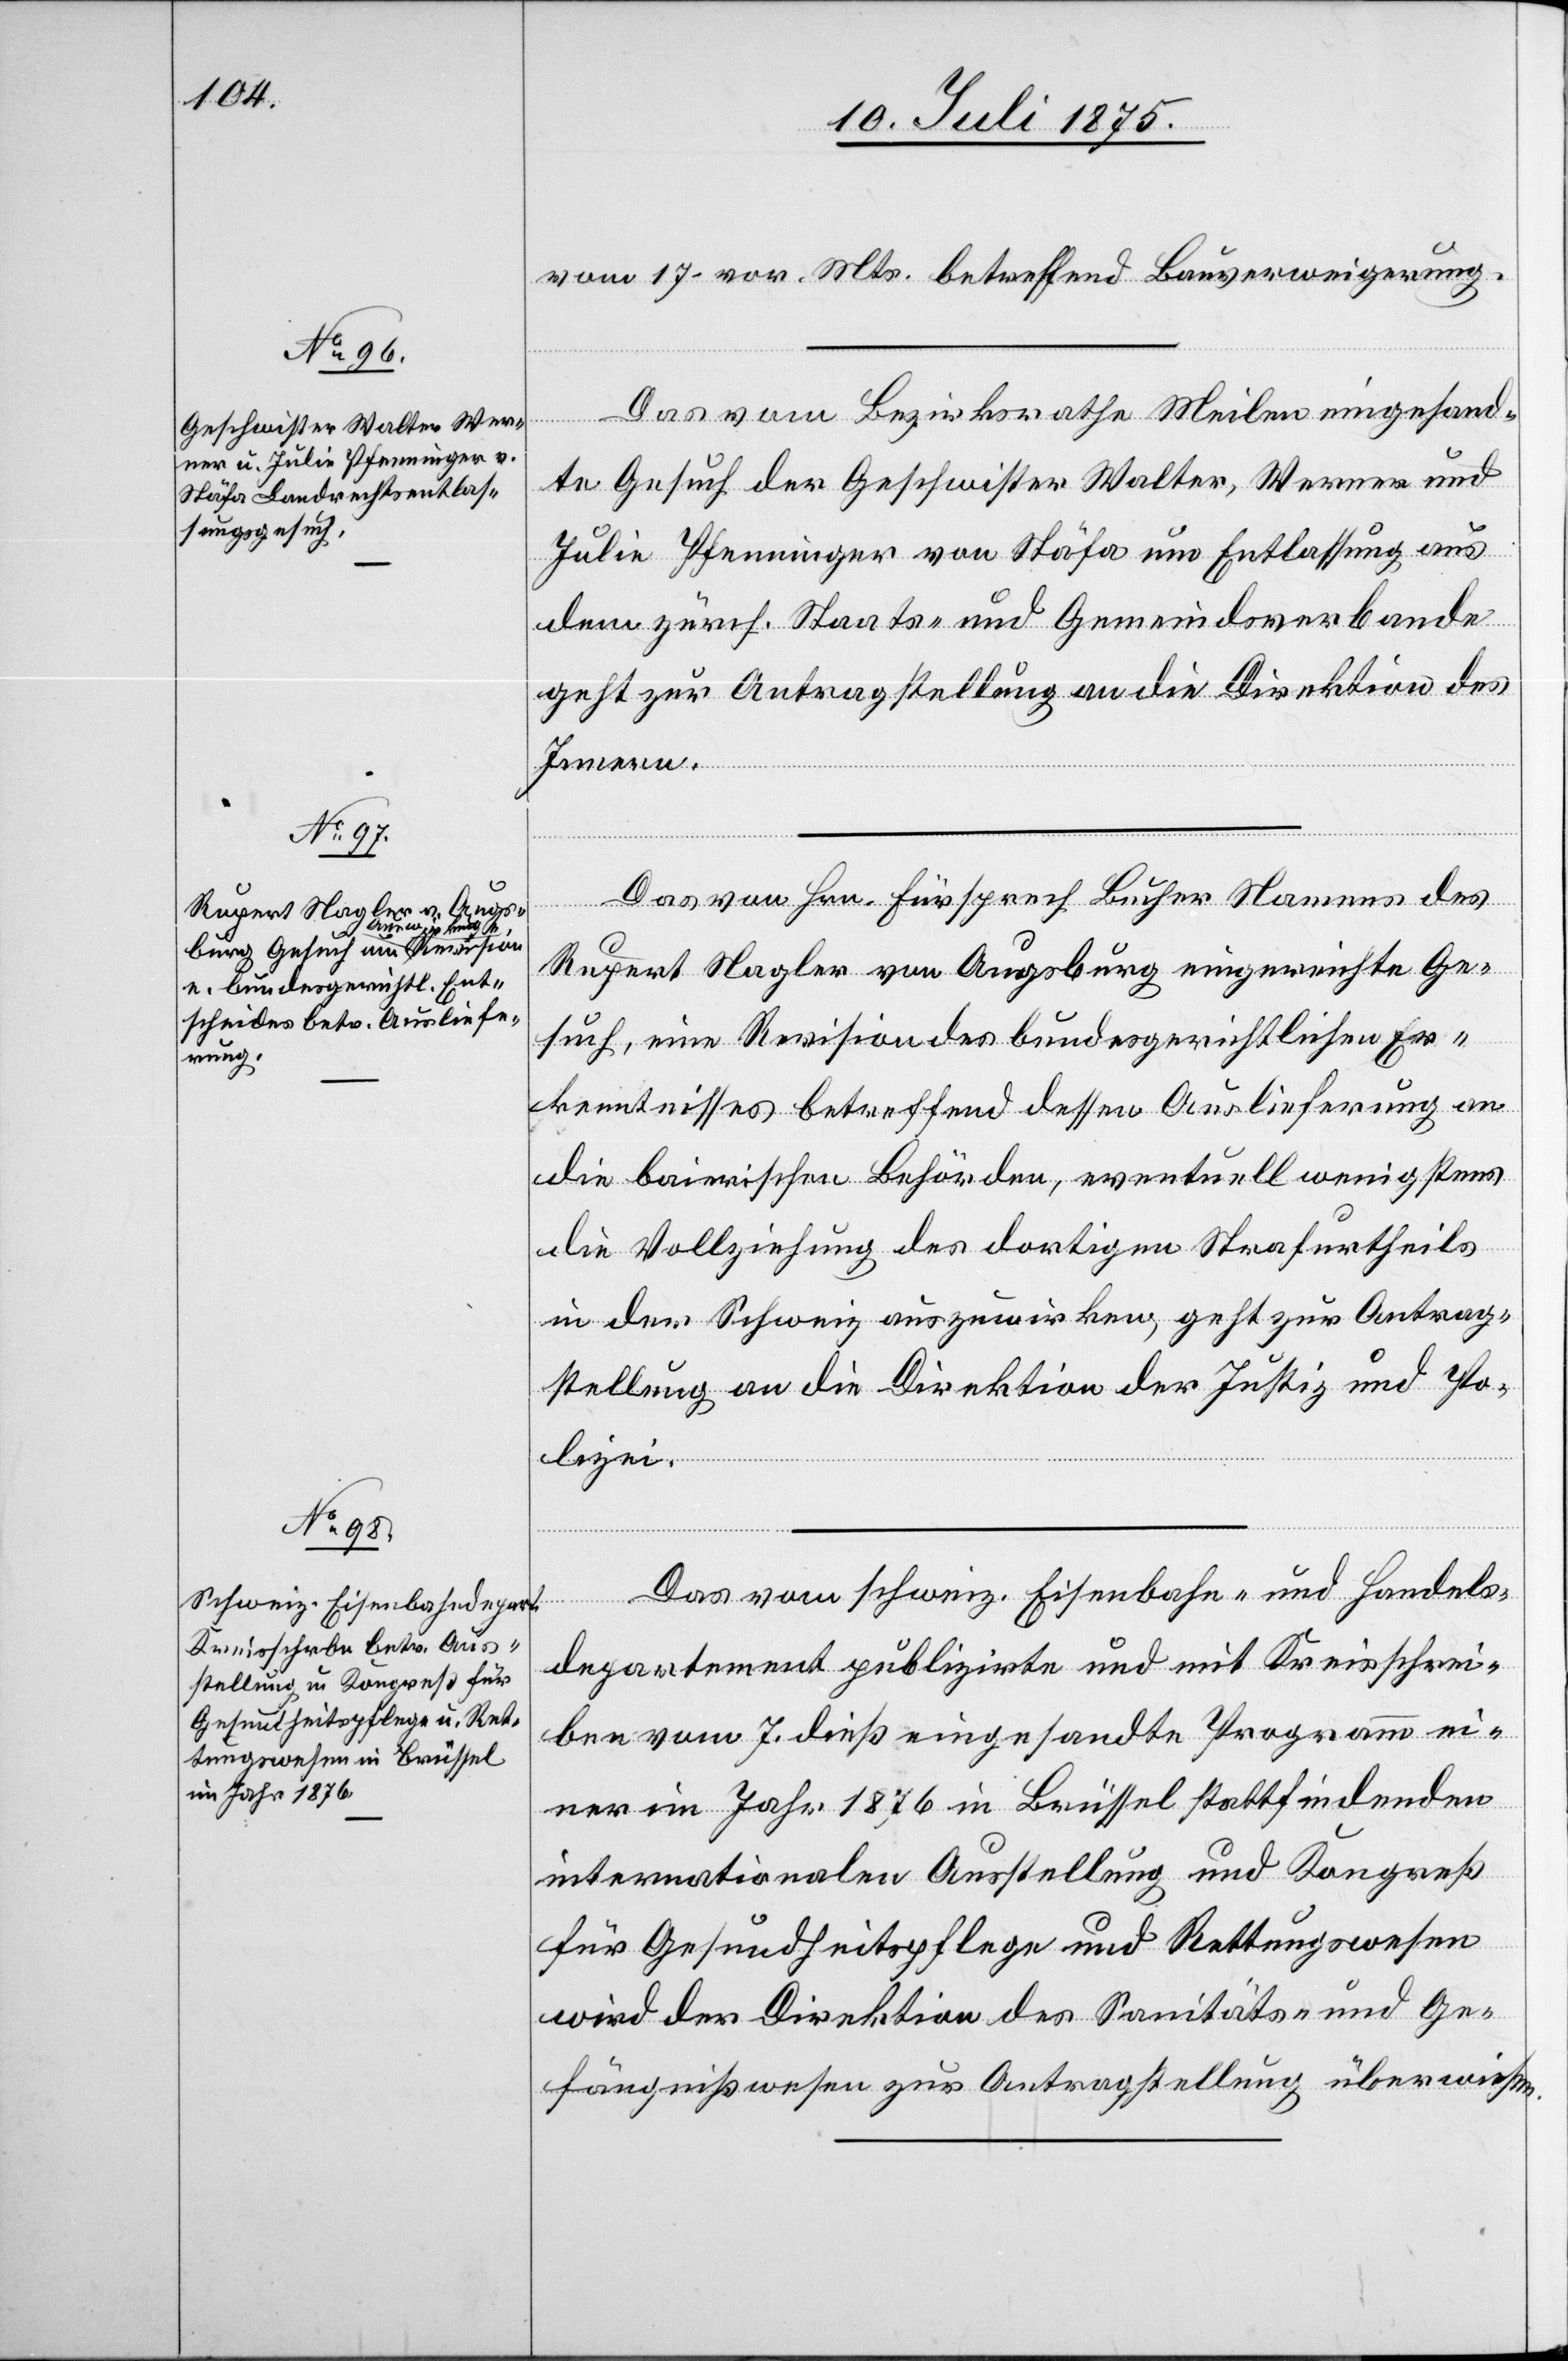
10. Juli 1875.]
vom 17. vor. Mts. betreffend Bauverweigerung.
Das vom Bezirksrathe Meilen eingesand¬
te Gesuch der Geschwister Walter, Werner und
Julia Pfenninger von Stäfa um Entlassung aus
dem zürch. Staats- und Gemeindsverbande
geht zur Antragstellung an die Direktion des
Innern.
Das von Hrn. Fürsprech Bucher Namens des
Rupert Nagler von Augsburg eingereichte Ge¬
such, eine Revision des bundesgerichtlichen Er¬
kenntnisses betreffend dessen Auslieferung an
die bairischen Behörden, eventuell wenigstens
die Vollziehung des dortigen Strafurtheils
in der Schweiz auszuwirken, geht zur Antrag¬
stellung an die Direktion der Justiz und Po¬
lizei.
Das vom schweiz. Eisenbahn- und Handels¬
departement publizirte und mit Kreisschrei¬
ben vom 7. dieß eingesandte Programm ei¬
ner im Jahr 1876 in Brüssel stattfindenden
internationalen Ausstellung und Kongreß
für Gesundheitspflege und Rettungswesen
wird der Direktion des Sanitäts- und Ge¬
fängnißwesens zur Antragstellung überwiesen.